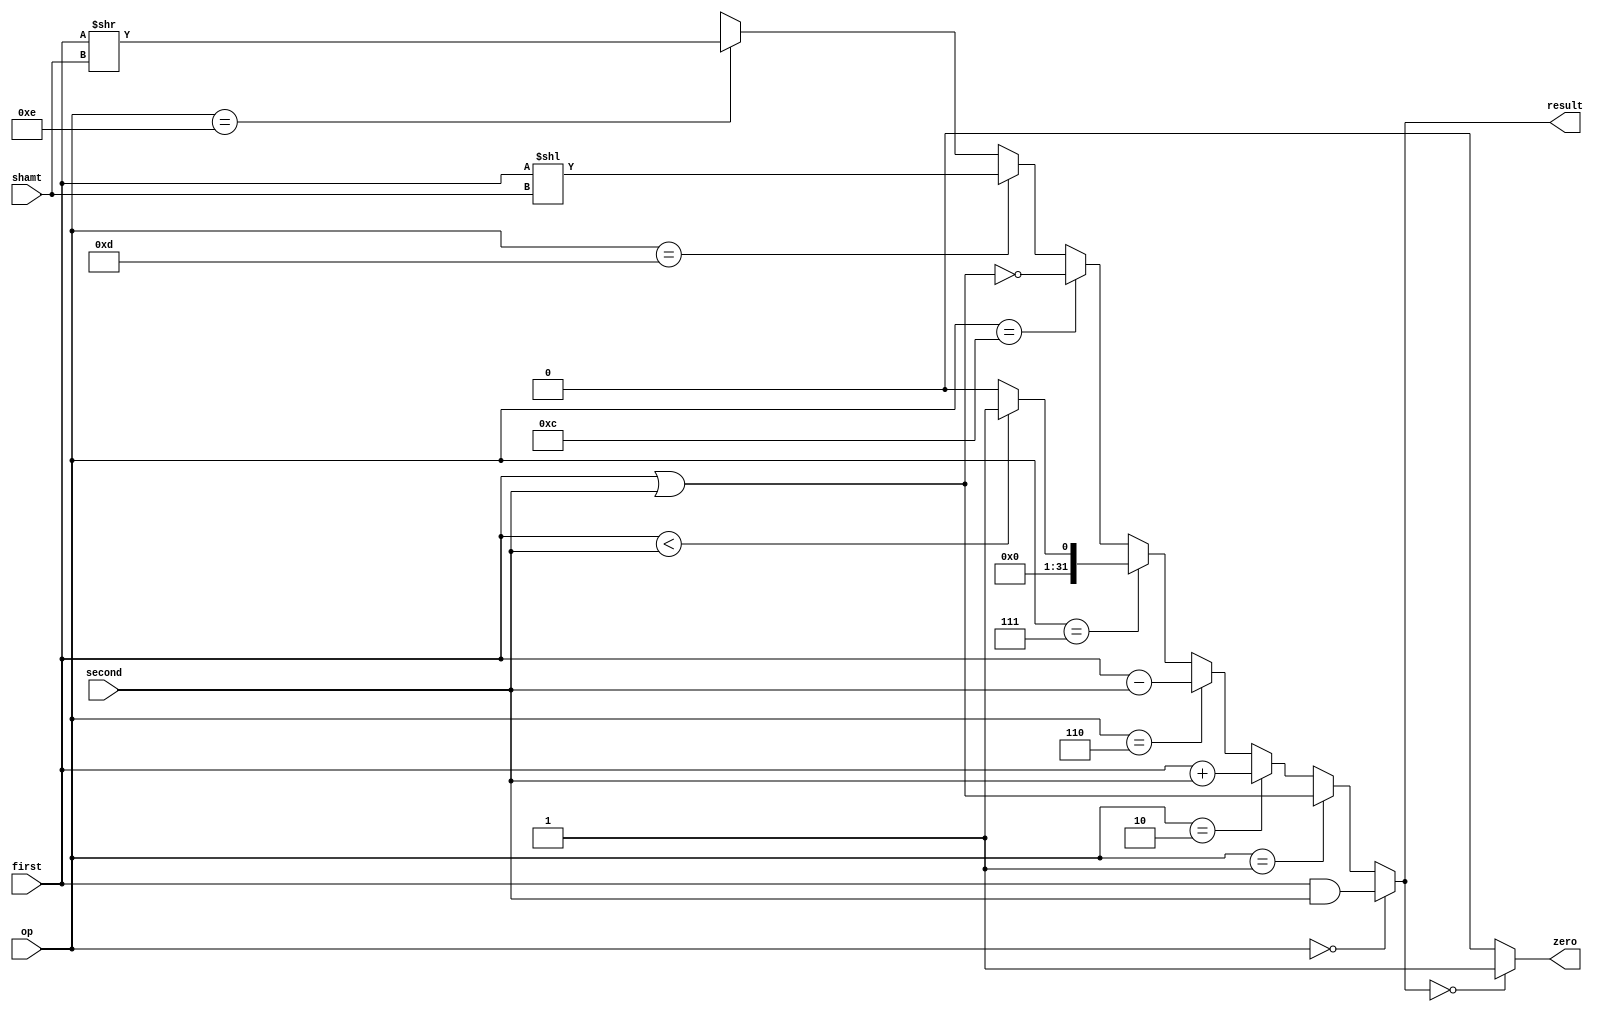
//`include "mux_4_1.v"
//`include "msb_1bit.v"
//`include "alu_1bit.v"

module alu_32bit(zero,result,first,second,op,shamt);
  input [31:0] first,second;
  input [3:0] op; // alu control operation
  input [4:0] shamt; // shift amount
  output [31:0] result;
  output zero; // is zero*/

  assign result = (op == 4'b0000) ? (first & second): // and
  (op == 4'b0001 ? (first | second) : // or
  (op == 4'b0010 ? (first + second) : // add
  (op == 4'b0110 ? (first - second) : // sub
  (op == 4'b0111 ? ((first < second) ? 32'd1 : 32'd0) : // slt
  (op == 4'b1100 ? ~(first | second) : // nor
  (op == 4'b1101 ? (first << shamt)  :
  (op == 4'b1110 ? (first >> shamt)  : 32'dx)))))));

  assign zero= result==32'd0 ? 1'b1 : 1'b0;

/*
  wire c[32:1]; // carry bits
  wire v; // v for overflow
  wire set;

  alu_1bit alu0(result[0],c[1],first[0],second[0],op,op[2],set);
  alu_1bit alu1(result[1],c[2],first[1],second[1],op,c[1],1'b0);
  alu_1bit alu2(result[2],c[3],first[2],second[2],op,c[2],1'b0);
  alu_1bit alu3(result[3],c[4],first[3],second[3],op,c[3],1'b0);
  alu_1bit alu4(result[4],c[5],first[4],second[4],op,c[4],1'b0);
  alu_1bit alu5(result[5],c[6],first[5],second[5],op,c[5],1'b0);
  alu_1bit alu6(result[6],c[7],first[6],second[6],op,c[6],1'b0);
  alu_1bit alu7(result[7],c[8],first[7],second[7],op,c[7],1'b0);
  alu_1bit alu8(result[8],c[9],first[8],second[8],op,c[8],1'b0);
  alu_1bit alu9(result[9],c[10],first[9],second[9],op,c[9],1'b0);
  alu_1bit alu10(result[10],c[11],first[10],second[10],op,c[10],1'b0);
  alu_1bit alu11(result[11],c[12],first[11],second[11],op,c[11],1'b0);
  alu_1bit alu12(result[12],c[13],first[12],second[12],op,c[12],1'b0);
  alu_1bit alu13(result[13],c[14],first[13],second[13],op,c[13],1'b0);
  alu_1bit alu14(result[14],c[15],first[14],second[14],op,c[14],1'b0);
  alu_1bit alu15(result[15],c[16],first[15],second[15],op,c[15],1'b0);
  alu_1bit alu16(result[16],c[17],first[16],second[16],op,c[16],1'b0);
  alu_1bit alu17(result[17],c[18],first[17],second[17],op,c[17],1'b0);
  alu_1bit alu18(result[18],c[19],first[18],second[18],op,c[18],1'b0);
  alu_1bit alu19(result[19],c[20],first[19],second[19],op,c[19],1'b0);
  alu_1bit alu20(result[20],c[21],first[20],second[20],op,c[20],1'b0);
  alu_1bit alu21(result[21],c[22],first[21],second[21],op,c[21],1'b0);
  alu_1bit alu22(result[22],c[23],first[22],second[22],op,c[22],1'b0);
  alu_1bit alu23(result[23],c[24],first[23],second[23],op,c[23],1'b0);
  alu_1bit alu24(result[24],c[25],first[24],second[24],op,c[24],1'b0);
  alu_1bit alu25(result[25],c[26],first[25],second[25],op,c[25],1'b0);
  alu_1bit alu26(result[26],c[27],first[26],second[26],op,c[26],1'b0);
  alu_1bit alu27(result[27],c[28],first[27],second[27],op,c[27],1'b0);
  alu_1bit alu28(result[28],c[29],first[28],second[28],op,c[28],1'b0);
  alu_1bit alu29(result[29],c[30],first[29],second[29],op,c[29],1'b0);
  alu_1bit alu30(result[30],c[31],first[30],second[30],op,c[30],1'b0);
  msb_1bit msb1(result[31],c[32],first[31],second[31],op,c[31],1'b0,v,set);
  nor nor1(zero,result);
*/
endmodule